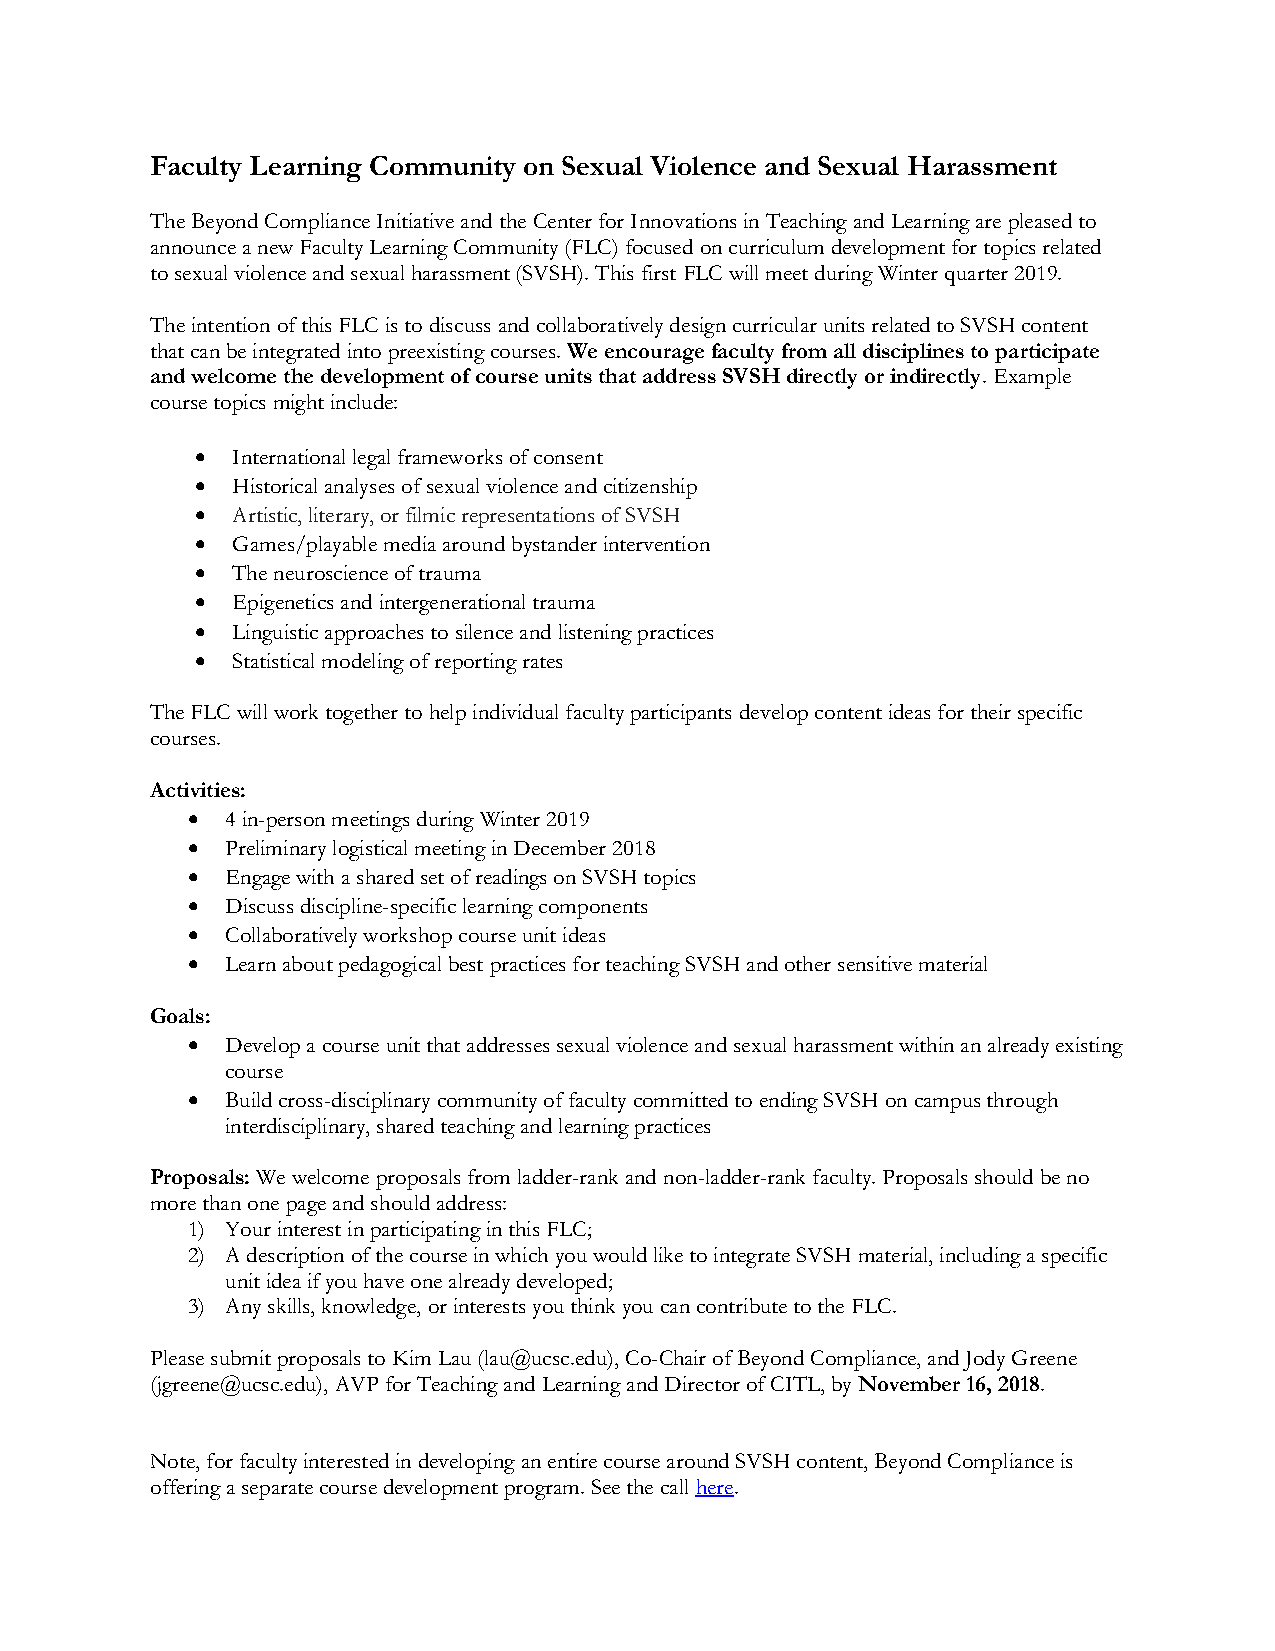
Faculty Learning Community on Sexual Violence and Sexual Harassment
 The Beyond Compliance Initiative and the Center for Innovations in Teaching and Learning are pleased to
 announce a new Faculty Learning Community (FLC) focused on curriculum development for topics related
 to sexual violence and sexual harassment (SVSH). This first FLC will meet during Winter quarter 2019.
 The intention of this FLC is to discuss and collaboratively design curricular units related to SVSH content
 that can be integrated into preexisting courses. We encourage faculty from all disciplines to participate
 and welcome the development of course units that address SVSH directly or indirectly. Example
 course topics might include:
 • International legal frameworks of consent
 • Historical analyses of sexual violence and citizenship
 • Artistic, literary, or filmic representations of SVSH
 • Games/playable media around bystander intervention
 • The neuroscience of trauma
 • Epigenetics and intergenerational trauma
 • Linguistic approaches to silence and listening practices
 • Statistical modeling of reporting rates
 The FLC will work together to help individual faculty participants develop content ideas for their specific
 courses.
 Activities:
 •  4 in-person meetings during Winter 2019
 •  Preliminary logistical meeting in December 2018
 •  Engage with a shared set of readings on SVSH topics
 •  Discuss discipline-specific learning components
 •  Collaboratively workshop course unit ideas
 •  Learn about pedagogical best practices for teaching SVSH and other sensitive material
 Goals:
 •  Develop a course unit that addresses sexual violence and sexual harassment within an already existing
 course
 •  Build cross-disciplinary community of faculty committed to ending SVSH on campus through
 interdisciplinary, shared teaching and learning practices
 Proposals: We welcome proposals from ladder-rank and non-ladder-rank faculty. Proposals should be no
 more than one page and should address:
 1) Your interest in participating in this FLC;
 2) A description of the course in which you would like to integrate SVSH material, including a specific
 unit idea if you have one already developed;
 3) Any skills, knowledge, or interests you think you can contribute to the FLC.
 Please submit proposals to Kim Lau (lau@ucsc.edu), Co-Chair of Beyond Compliance, and Jody Greene
 (jgreene@ucsc.edu), AVP for Teaching and Learning and Director of CITL, by November 16, 2018.
 Note, for faculty interested in developing an entire course around SVSH content, Beyond Compliance is
 offering a separate course development program. See the call here.